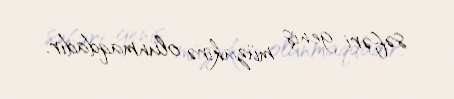
səfəri geniş müzakirə olunmaqdadır.